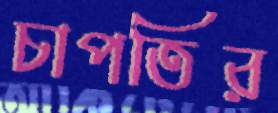
চাপতির